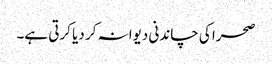
صحرا کی چاندنی دیوانہ کر دیا کرتی ہے۔